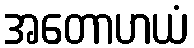
အတောဟယံ